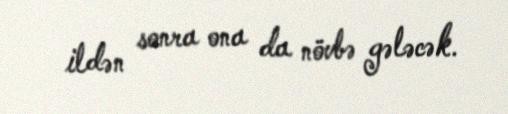
ildən sonra ona da növbə gələcək.